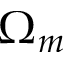
\Omega _ { m }